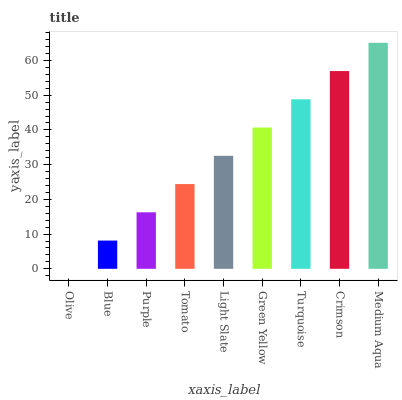
| xaxis_label | bars |
 | --- | --- |
 | Olive | 0 |
 | Blue | 8.14 |
 | Purple | 16.3 |
 | Tomato | 24.4 |
 | Light Slate | 32.5 |
 | Green Yellow | 40.7 |
 | Turquoise | 48.8 |
 | Crimson | 57 |
 | Medium Aqua | 65.1 |